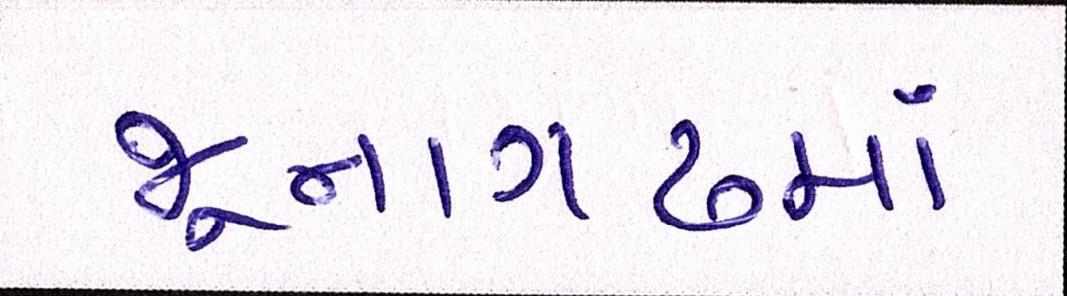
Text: જૂનાગઢમાં